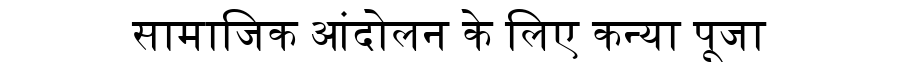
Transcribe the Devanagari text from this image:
सामाजिक आंदोलन के लिए कन्या पूजा